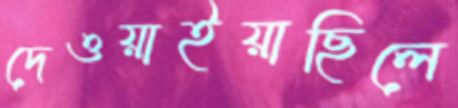
দেওয়াইয়াছিলে